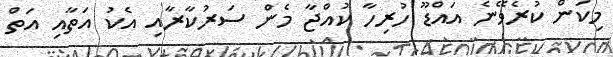
މިކަން ކުރެވޭނެ އައްޑޫ ހުރިހާ ކުއްޖާ މެން ސަރުކާރާއި އެކު އަތާއި އަތް